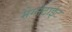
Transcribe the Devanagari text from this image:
मेग्नेटाईट